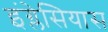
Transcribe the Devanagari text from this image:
इंग्लेसियास